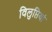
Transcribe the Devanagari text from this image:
विलुप्तियां